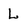
Character: L